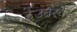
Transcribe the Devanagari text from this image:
देउतस्चेर